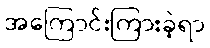
အကြောင်းကြားခဲ့ရာ